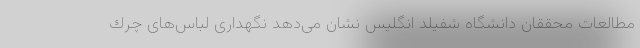
مطالعات محققان دانشگاه شفیلد انگلیس نشان می‌دهد نگهداری لباس‌های چرك